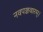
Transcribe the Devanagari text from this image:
नवपञ्चवारम्।